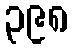
၃၉၈